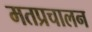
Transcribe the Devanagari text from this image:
मतप्रचालन